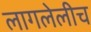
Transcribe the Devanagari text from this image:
लागलेलीच